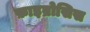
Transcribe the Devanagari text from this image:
फ़ाइब्रोसिस